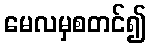
မေလမှစတင်၍